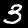
Label: 3